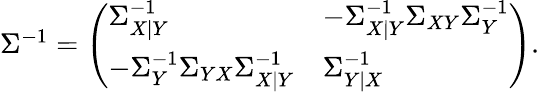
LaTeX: \begin{array}{r}{\Sigma^{-1}=\left(\begin{array}{ll}{\Sigma_{X|Y}^{-1}}&{-\Sigma_{X|Y}^{-1}\Sigma_{XY}\Sigma_{Y}^{-1}}\\ {-\Sigma_{Y}^{-1}\Sigma_{YX}\Sigma_{X|Y}^{-1}}&{\Sigma_{Y|X}^{-1}}\end{array}\right).}\end{array}